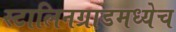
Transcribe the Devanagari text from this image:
स्टालिनग्राडमध्येच